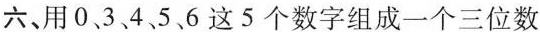
六、用0、3、4、5、6这5个数字组成一个三位数